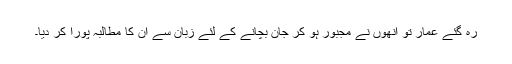
رہ گئے عمار تو انھوں نے مجبور ہو کر جان بچانے کے لئے زبان سے ان کا مطالبہ پورا کر دیا۔